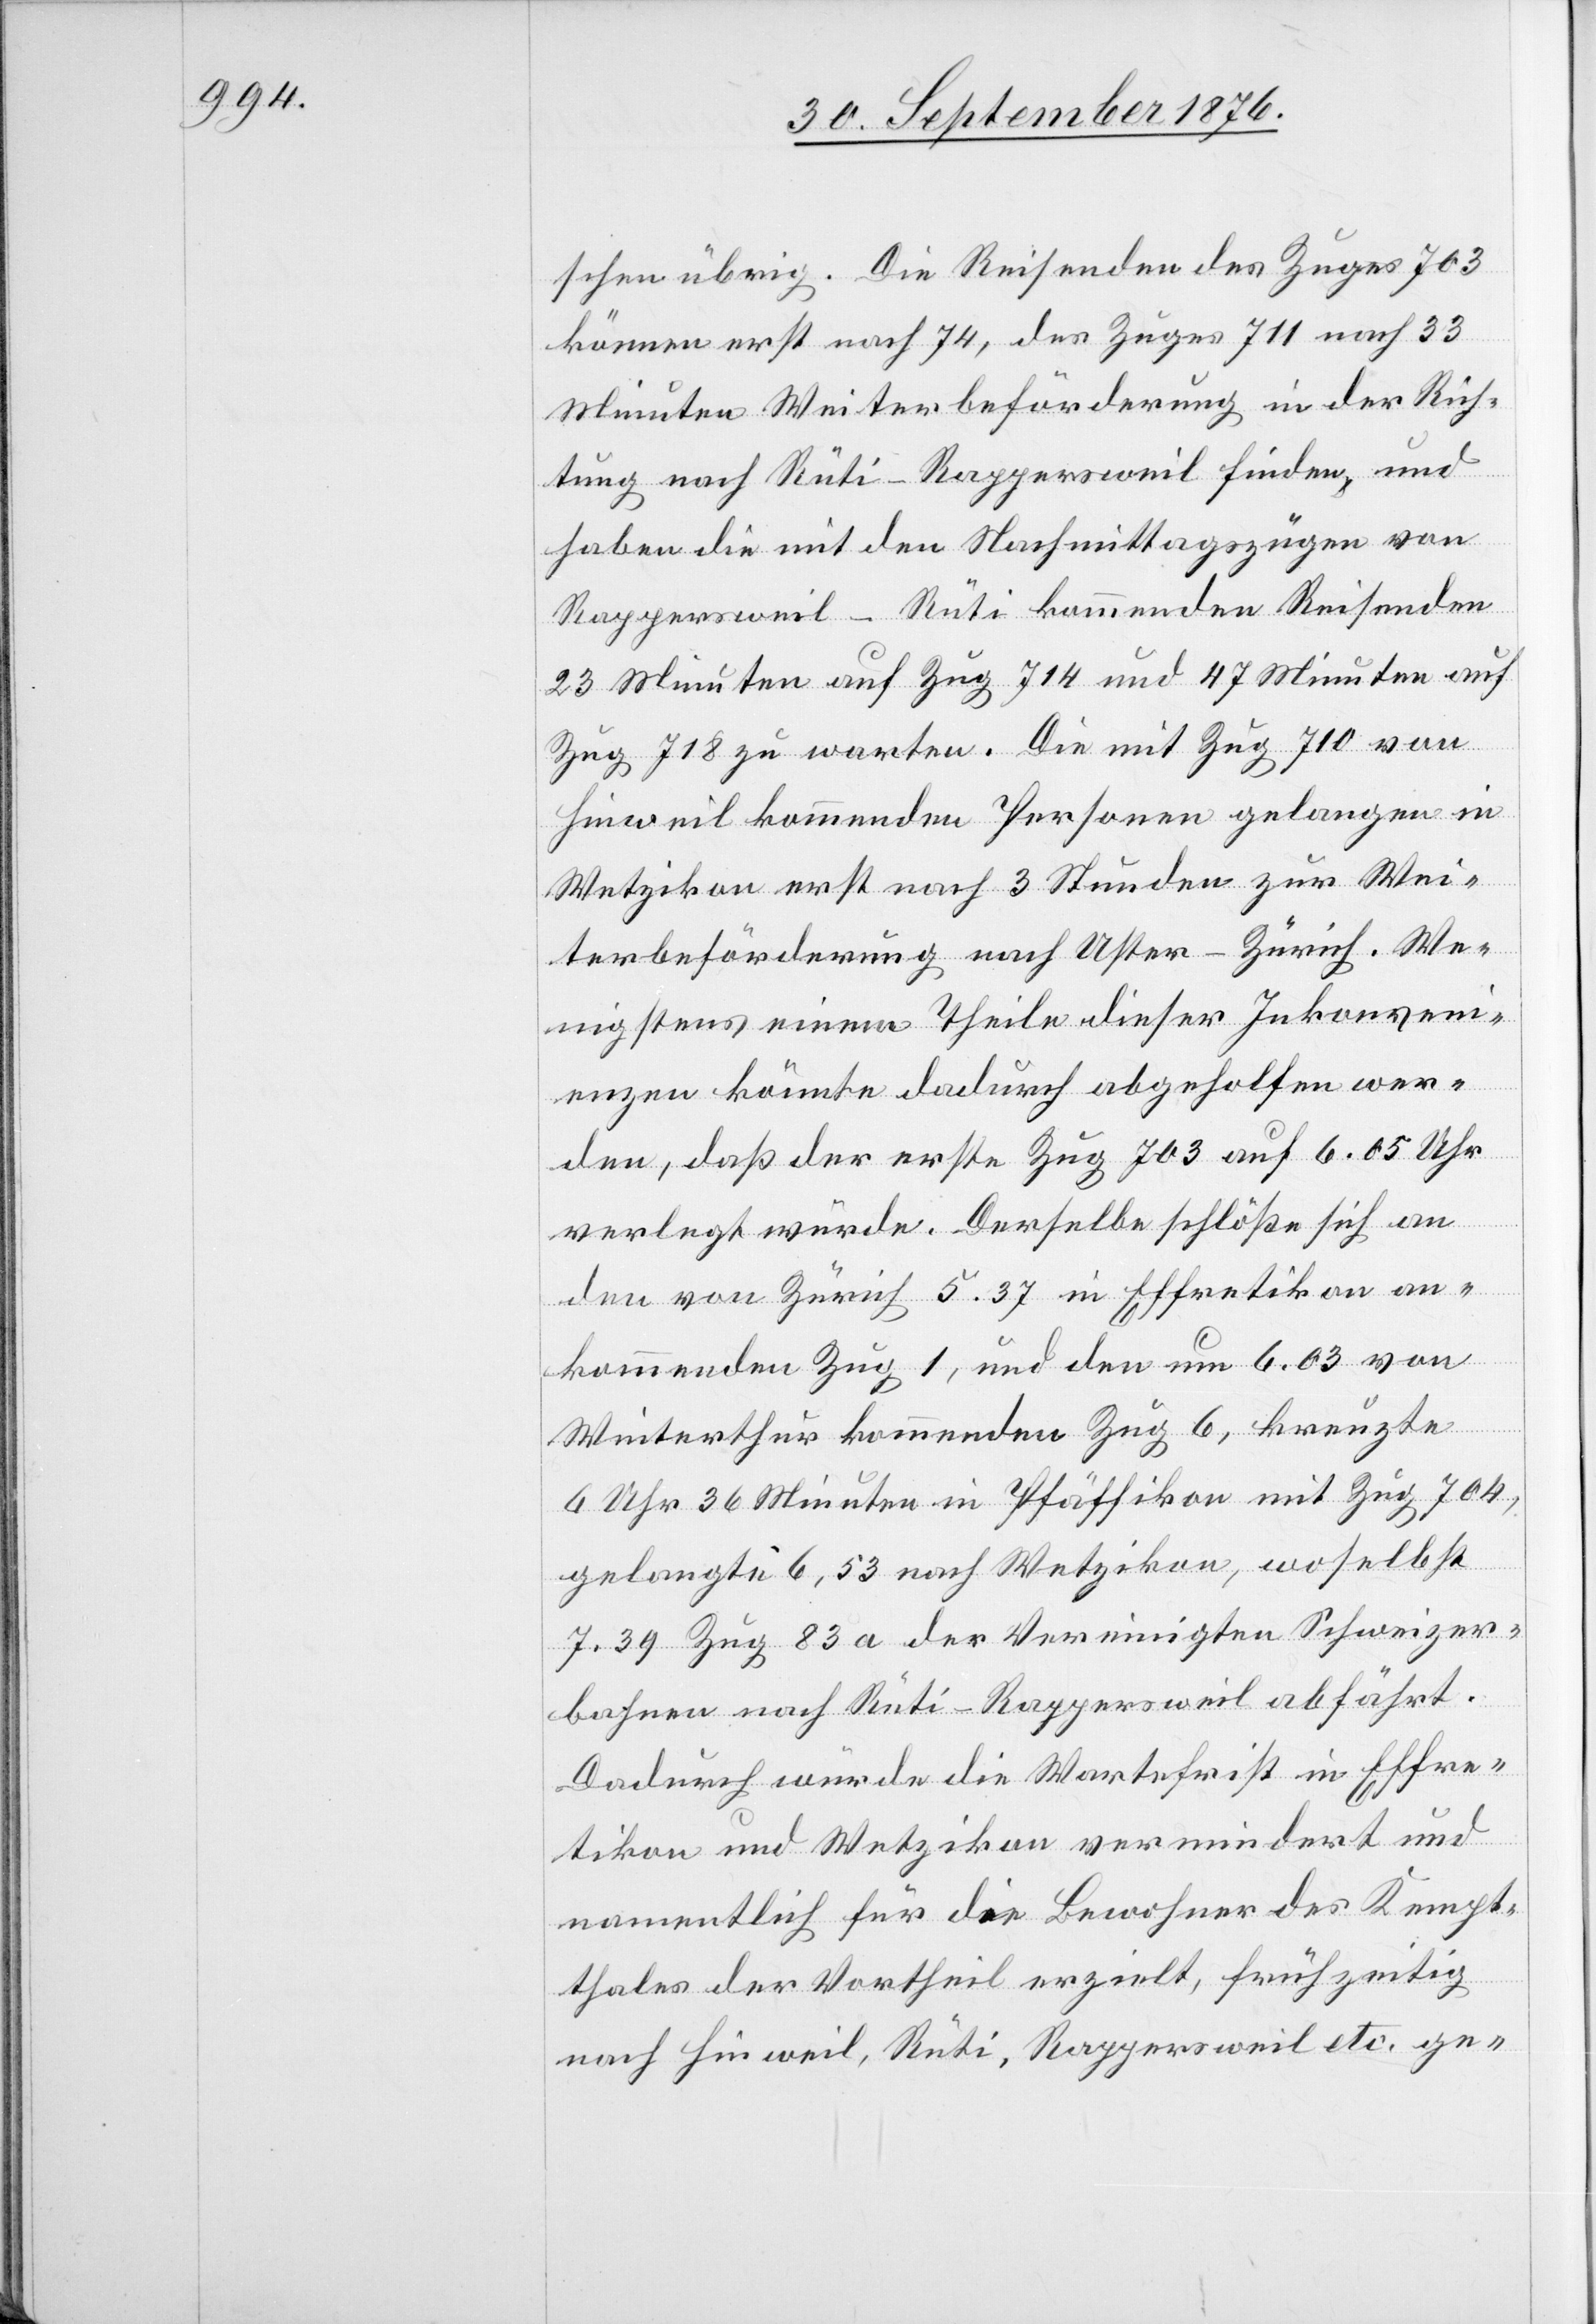
schen übrig. Die Reisenden des Zuges 703
können erst nach 74, des Zuges 711 nach 33
Minuten Weiterbeförderung in der Rich¬
tung nach Rüti–Rappersweil finden, und
haben die mit den Nachtmittagszügen von
Rappersweil–Rüti kommenden Reisenden
23 Minuten auf Zug 714 und 47 Minuten auf
Zug 718 zu warten. Die mit Zug 710 von
Hinweil kommenden Personen gelangen in
Wetzikon erst nach 3 Stunden zur Wei¬
terbeförderung nach Uster–Zürich. We¬
nigstens einem Theile dieser Inkonveni¬
enzen könnte dadurch abgeholfen wer¬
den, daß der erste Zug 703 auf 6.05 Uhr
verlegt würde. Derselbe schlöße sich an
den von Zürich 5.37 in Effretikon an¬
kommenden Zug 1, und den um 6.03 von
Winterthur kommenden Zug 6, kreuzte
6 Uhr 36 Minuten in Pfäffikon mit Zug 704,
gelangte 6,53 nach Wetzikon, woselbst
7.39 Zug 83 a der Vereinigten Schweizer¬
bahnen nach Rüti–Rappersweil abfährt.
Dadurch würde die Wartefrist in Effre¬
tikon und Wetzikon vermindert und
namentlich für die Bewohner des Kempt¬
thales der Vortheil erzielt, frühzeitig
nach Hinweil, Rüti, Rappersweil etc. ge-